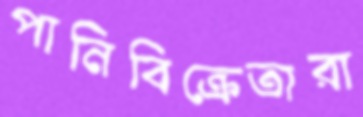
পানিবিক্রেতারা